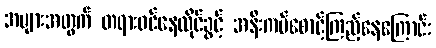
အများအတွက် တရားဝင်နေထိုင်ခွင့် အနီးကပ်စောင့်ကြည့်နေကြောင်း